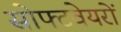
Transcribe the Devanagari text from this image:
सोफ्टवेयरों